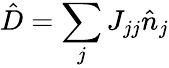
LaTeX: \hat{D}=\sum_{j}J_{jj}\hat{n}_{j}